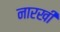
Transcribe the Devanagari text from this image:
नारखी